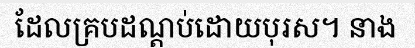
ដែលគ្របដណ្តប់ដោយបុរស។ នាង